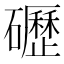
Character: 礰